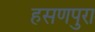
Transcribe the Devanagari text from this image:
हसणपुरा